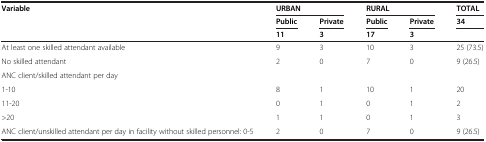
<table><thead><tr><td><b>Variable</b></td><td colspan="2"><b>URBAN</b></td><td colspan="2"><b>RURAL</b></td><td><b>TOTAL</b></td></tr><tr><td><b> </b></td><td><b>Public</b></td><td><b>Private</b></td><td><b>Public</b></td><td><b>Private</b></td><td><b>34</b></td></tr><tr><td><b> </b></td><td><b>11</b></td><td><b>3</b></td><td><b>17</b></td><td><b>3</b></td><td><b> </b></td></tr></thead><tbody><tr><td>At least one skilled attendant available</td><td>9</td><td>3</td><td>10</td><td>3</td><td>25 (73.5)</td></tr><tr><td>No skilled attendant</td><td>2</td><td>0</td><td>7</td><td>0</td><td>9 (26.5)</td></tr><tr><td colspan="6">ANC client/skilled attendant per day</td></tr><tr><td>1-10</td><td>8</td><td>1</td><td>10</td><td>1</td><td>20</td></tr><tr><td>11-20</td><td>0</td><td>1</td><td>0</td><td>1</td><td>2</td></tr><tr><td>&gt;20</td><td>1</td><td>1</td><td>0</td><td>1</td><td>3</td></tr><tr><td>ANC client/unskilled attendant per day in facility without skilled personnel: 0-5</td><td>2</td><td>0</td><td>7</td><td>0</td><td>9 (26.5)</td></tr></tbody></table>